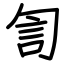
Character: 訇